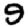
Digit: 9